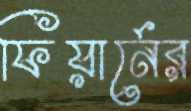
ফিয়ার্নের